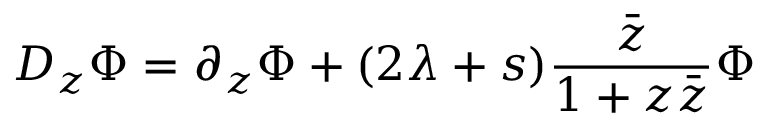
D _ { z } ^ { } \Phi = \partial _ { z } ^ { } \Phi + ( 2 \lambda + s ) \frac { \bar { z } } { 1 + z \bar { z } } \Phi